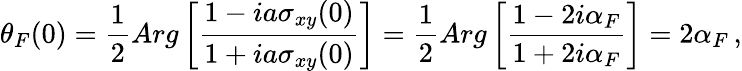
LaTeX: \theta_{F}(0)=\frac{1}{2}Arg\left[\frac{1-ia\sigma_{xy}(0)}{1+ia\sigma_{xy}(0)}\right]=\frac{1}{2}Arg\left[\frac{1-2i\alpha_{F}}{1+2i\alpha_{F}}\right]=2\alpha_{F}\, ,